Calcutta medical institutions reports 1892-1900
Year: 1892
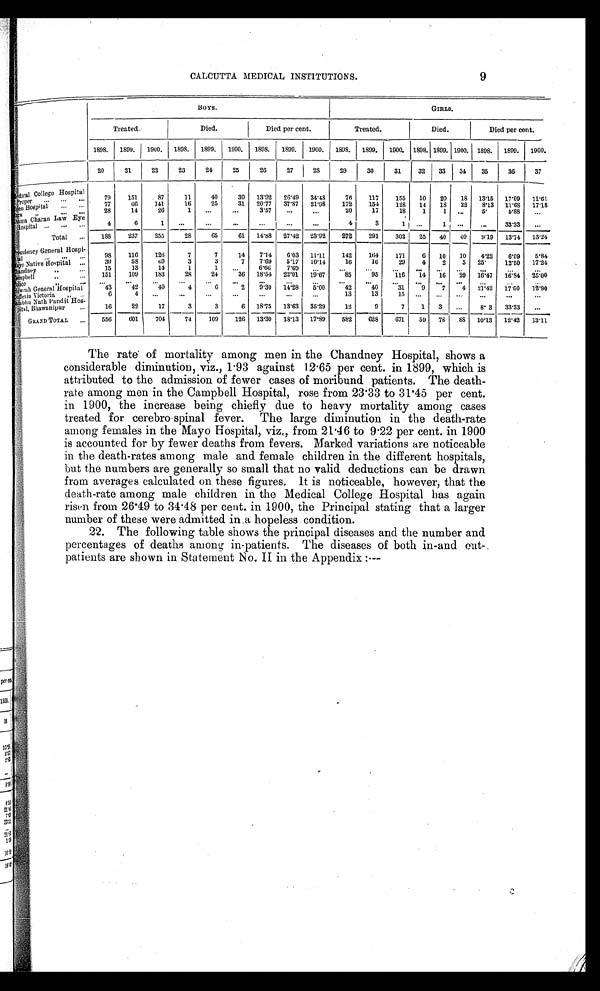
9
CALCUTTA MEDICAL INSTITUTIONS.
BOYS.
GIRLS.
Treated.
Died.
Died per cent.
Treated.
Died.
Died per cent.
1898. 1899. 1900. 1898. 1899. 1900. 1898. 1899. 1900. 1898. 1899. 1900. 1898. 1899. 1900. 1898. 1899. 1900.
20
21
22
23
24
25
26
27
28
29
30
31
32 33 34
35
36
37
Meidcal College Hospital Proper
79
151
87
11
40
30 13.92 26.49 34.48
76
117
155 10 20 18 13.15 17.09 11.61
E d e n H o s p i t a l
77
66 141
16
25
31 20.77 37.87 21.98
172
154
128 14 18 22 8.13 11.68 17.18
E z r a "
28
14
26
1
. . .
...
3.57 ...
...
20
17
18
1
1 ...
5.
5.88
. . .
S h a ma C h a r a n L a w E y e Ho s p i t a l
4
6
1 ...
...
...
...
...
...
4
3
1 ...
1 ...
...
33.33 ...
Total
188
237
255
28
65
61 14.88 27.42 23.92
272
291
302 25 40 40 9.19 13.74 13.24
Presidency General Hospi-
t a l
98
116
128
7
7
14 7.14 6.03 11.11
142
164
171
6 10 10 4.22 6.09 5.84
Ma yo Na t i ve Hos pi t a l
39
58
69
3
3
7 7.69 5.17 10.14
16
16
29 4
2
5 25.
12.50 17.24
C h a n d n e y "
15
13
14
1
1 ...
6.66
7.69 ...
. . .
. . .
. . .
. . .
. . .
. . .
. . .
. . .
. . .
Campbell "
151
109
183
28
24
36 18.54 22.01 19.67
85
95
116 14 16 29 16.47 16.84 25.00
Police "
. . .
. . .
. . .
. . .
. . .
. . .
. . .
. . .
. . .
. . .
. . .
. . .
. . .
. . .
. . .
. . .
. . .
. . .
Howrah General Hospital
43
42
40
4
6
2 9.30 14.28 5.00
42
40
31
9
7
4 21.42 17.50 12.90
Du f f e r i n Vi c t o r i a "
6
4 ...
...
...
...
...
...
...
13
13
1 5
. . .
. . .
. . .
. . .
...
...
Sambhu Nath Pandit Hos
-
pital, Bhawanipur
16
22
17
3
3
6 18.75 13.63 35.29
12
9
7
1 3 ...
8. 3 33.33 ...
GRAND TOTAL
556
601
704
74
109
126 13.30 18.13 17.89
582
628
671 59 78 88 10.13 12.42 13.11
The rate of mortality among men in the Chandney Hospital, shows a
considerable diminution, viz., 1.93 against 12.65 per cent. in 1899, which is
attributed to the admission of fewer cases of moribund patients. The death
-rate among men in the Campbell Hospital, rose from 23.33 to 31.45 per cent.
in 1900, the increase being chiefly due to heavy mortality among cases
treated for cerebro spinal fever. The large diminution in the death-rate
among females in the Mayo Hospital, viz., from 21.46 to 9.22 per cent. in 1900
is accounted for by fewer deaths from fevers. Marked variations are noticeable
in the death-rates among male and female children in the different hospitals,
but the numbers are generally so small that no valid deductions can be drawn
from averages calculated on these figures. it is noticeable, however, that the
death-rate among male children in the Medical College Hospital has again
risen from 26.49 to 34.48 per cent. in 1900, the Principal stating that a larger
number of these were admitted in a hopeless condition.
22. The following table shows the principal diseases and the number and
percentages of deaths among in-patients. The diseases of both in-and out--
patients are shown in Statement No. II in the Appendix :—